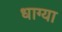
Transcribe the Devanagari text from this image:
धाग्या